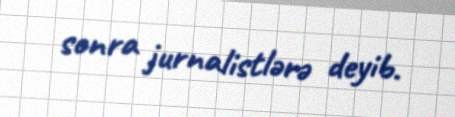
sonra jurnalistlərə deyib.